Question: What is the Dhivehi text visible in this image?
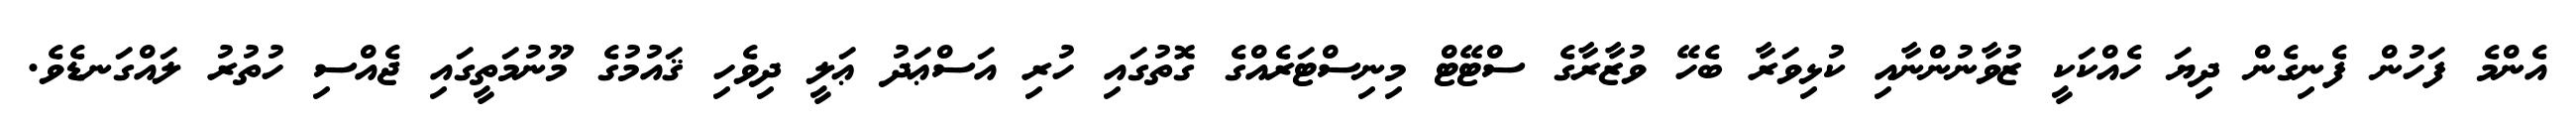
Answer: އެންމެ ފަހުން ފެނިގެން ދިޔަ ހެއްކަކީ ޒުވާނުންނާއި ކުޅިވަރާ ބެހޭ ވުޒާރާގެ ސްޓޭޓް މިނިސްޓަރެއްގެ ގޮތުގައި ހުރި އަސްޢަދު ޢަލީ ދިވެހި ޤައުމުގެ މޫނުމަތީގައި ޖެއްސި ހުތުރު ލައްގަނޑެވެ.